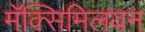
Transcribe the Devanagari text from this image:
मॅक्सिमिलयन